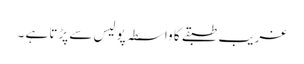
غریب طبقے کا واسطہ پولیس سے پڑتا ہے ۔